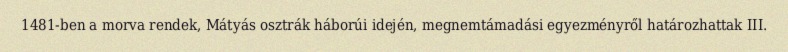
1481-ben a morva rendek, Mátyás osztrák háborúi idején, megnemtámadási egyezményről határozhattak III.